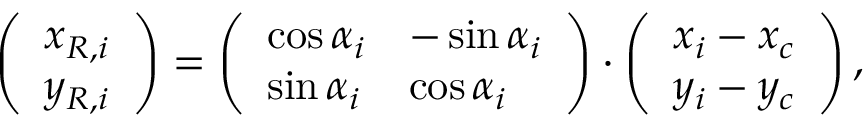
\left( \begin{array} { l } { x _ { R , i } } \\ { y _ { R , i } } \end{array} \right) = \left( \begin{array} { l l } { \cos { \alpha _ { i } } } & { - \sin { \alpha _ { i } } } \\ { \sin { \alpha _ { i } } } & { \cos { \alpha _ { i } } } \end{array} \right) \cdot \left( \begin{array} { l } { x _ { i } - x _ { c } } \\ { y _ { i } - y _ { c } } \end{array} \right) ,